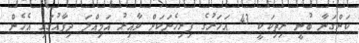
ކަންގަނާ ބުނީ ރިތިކަކީ 43 އަހަރުގެ ފިރިހެނަކަށް ވާއިރު އަމިއްލަ ދިފާއުގައި އެހެން